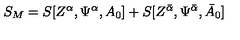
S _ { M } = S [ Z ^ { \alpha } , \Psi ^ { \alpha } , A _ { 0 } ] + S [ Z ^ { { \bar { \alpha } } } , \Psi ^ { { \bar { \alpha } } } , { \bar { A } } _ { 0 } ]